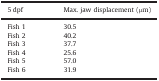
| 5 dpf | Max. jaw displacement (μm) |
 | --- | --- |
 | Fish 1 | 30.5 |
 | Fish 2 | 40.2 |
 | Fish 3 | 37.7 |
 | Fish 4 | 25.6 |
 | Fish 5 | 57.0 |
 | Fish 6 | 31.9 |